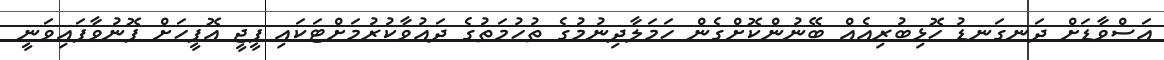
އަސްވާޑަށް ދަނގަނޑު ހޮޅިބުރިއެއް ބޭނުންކޮށްގެން ހަމަލާދިނުމުގެ ތުހުމަތުގެ ދައުވާކުރުމަށްޓަކައި ޕީޖީ އޮފީހަށް ފޮނުވާފައިވަނީ